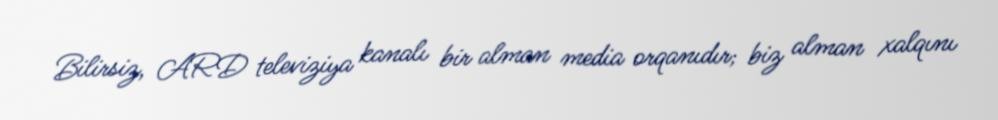
Bilirsiz, ARD televiziya kanalı bir alman media orqanıdır; biz alman xalqını